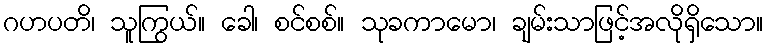
ဂဟပတိ၊ သူကြွယ်။ ခေါ၊ စင်စစ်။ သုခကာမော၊ ချမ်းသာဖြင့်အလိုရှိသော။